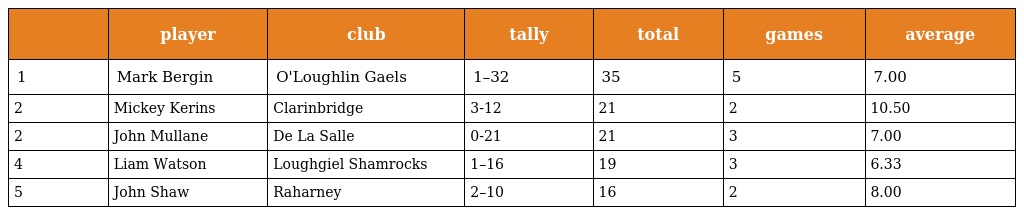
|  | player | club | tally | total | games | average |
 | --- | --- | --- | --- | --- | --- | --- |
 | 1 | Mark Bergin | O'Loughlin Gaels | 1–32 | 35 | 5 | 7.00 |
 | 2 | Mickey Kerins | Clarinbridge | 3-12 | 21 | 2 | 10.50 |
 | 2 | John Mullane | De La Salle | 0-21 | 21 | 3 | 7.00 |
 | 4 | Liam Watson | Loughgiel Shamrocks | 1–16 | 19 | 3 | 6.33 |
 | 5 | John Shaw | Raharney | 2–10 | 16 | 2 | 8.00 |